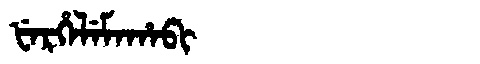
Manchu: ᡶᡝᡵᡥᡝᠯᡝᠮᠠᡥᠠᠪᡳ
Romanization: FERHELEMAHABI